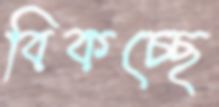
বিকচ্ছে